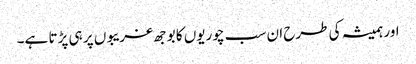
اور ہمیشہ کی طرح ان سب چوریوں کا بوجھ غریبوں پر ہی پڑتا ہے۔